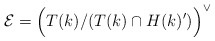
\begin{align*}\mathcal{E}=\Big(T(k)/(T(k)\cap H(k)')\Big)^\vee\end{align*}